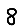
Digit: 8